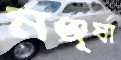
মঞ্জূষা